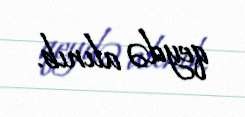
qeydə alınıb.